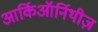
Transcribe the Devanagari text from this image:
आर्किऑर्निथीज़